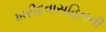
ખરીદવાસહિતની